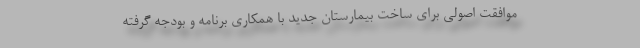
موافقت اصولی برای ساخت بیمارستان جدید با همکاری برنامه و بودجه گرفته